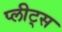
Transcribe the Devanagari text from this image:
प्लीट्स